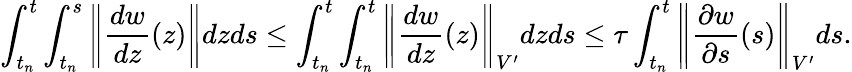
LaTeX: \int_{t_{n}}^{t}\int_{t_{n}}^{s}\left\| \frac{dw}{dz}(z)\right\| dzds\leq\int_{t_{n}}^{t}\int_{t_{n}}^{t}\left\| \frac{dw}{dz}(z)\right\| _{V^{\prime}}dzds\leq\tau\int_{t_{n}}^{t}\left\| \frac{\partial w}{\partial s}(s)\right\| _{V^{\prime}}ds.